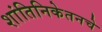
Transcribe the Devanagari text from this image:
शांतिनिकेतनचे